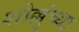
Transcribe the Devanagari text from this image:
शोल्लुंच्या